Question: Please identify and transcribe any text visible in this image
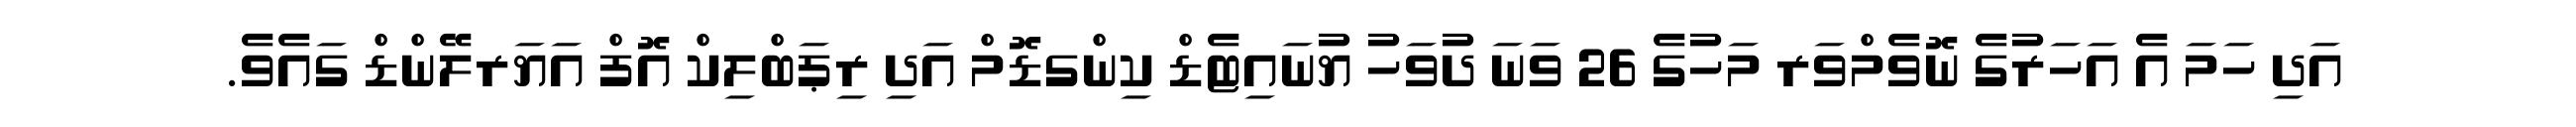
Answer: އަދި ހަމަ އެ އަހަރުގެ ނޮވެމްވަރ މަހުގެ 26 ވަނަ ދުވަހު ޔުނައިޓެޑް ކިންގޑޮމް އަދި ރިޕަބްލިކް އޮފް އަޔަރލޭންޑް ގައެވެ.